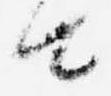
由